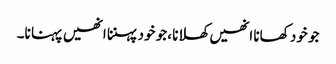
جو خود کھانا انھیں کھلانا ،جو خود پہننا انھیں پہنا نا۔